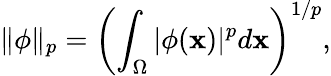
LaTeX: \| \phi\| _{p}=\left(\int_{\Omega}|\phi(\mathbf{x})|^{p}d\mathbf{x}\right)^{1/p},